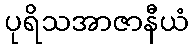
ပုရိသအာဇာနီယံ